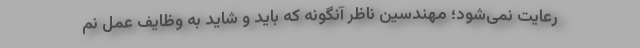
رعایت نمی‌شود؛ مهندسین ناظر آنگونه که باید و شاید به وظایف عمل نم